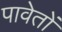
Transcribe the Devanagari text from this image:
पावेतों